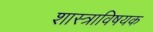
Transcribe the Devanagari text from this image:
शास्त्राविषयक